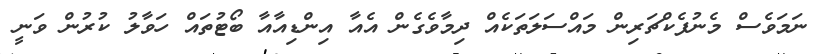
ނަމަވެސް މެނުފެކްޗަރިން މައްސަލަތަކެއް ދިމާވެގެން އެއާ އިންޑިއާއާ ބޯޓުތައް ހަވާލު ކުރުން ވަނީ